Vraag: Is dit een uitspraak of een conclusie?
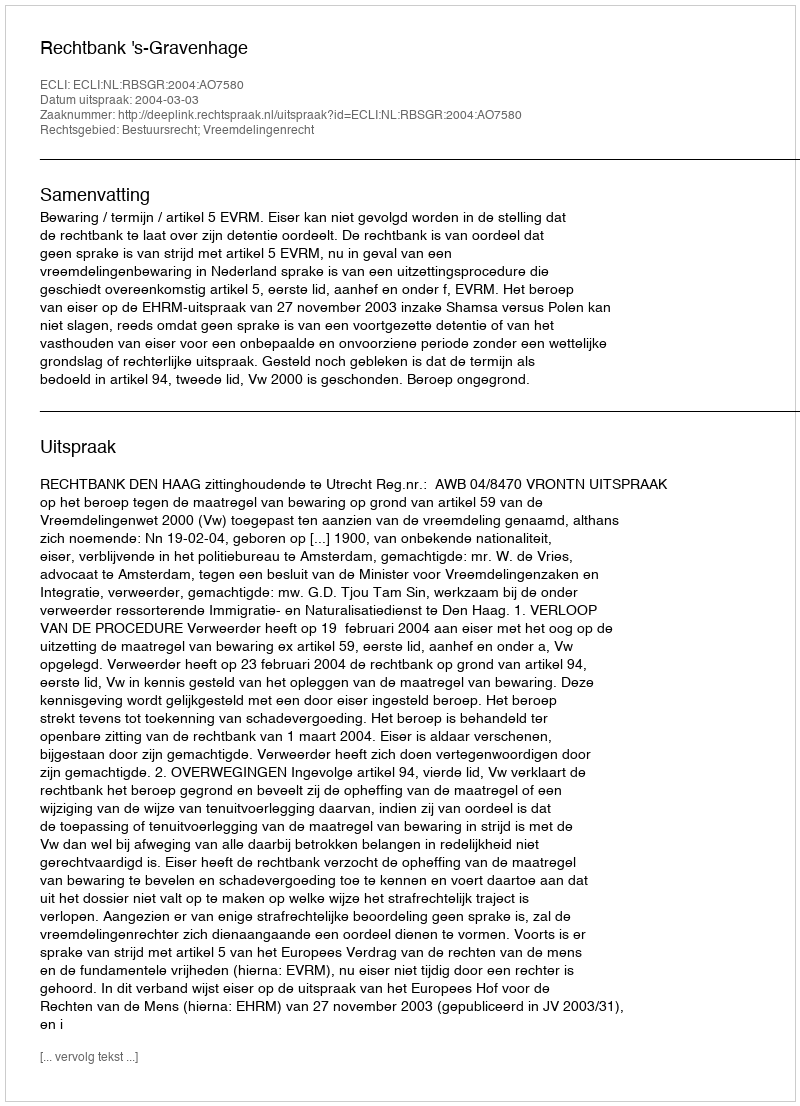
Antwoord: Uitspraak